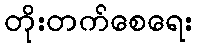
တိုးတက်စေရေး